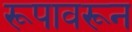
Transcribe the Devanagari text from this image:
रूपावरून